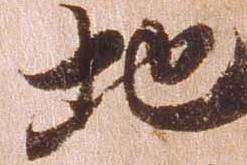
地